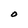
Character: O